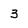
Character: 3